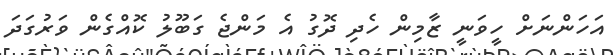
އަހަންނަށް ހީވަނީ ޒާމިން ހެދި ދޮގު އެ މަންޖެ ގަބޫލު ކޮއްގެން ވަރުގަދަ